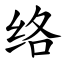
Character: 络